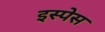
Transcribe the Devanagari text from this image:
इस्पेस